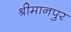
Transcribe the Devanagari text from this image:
श्रीमानपुर